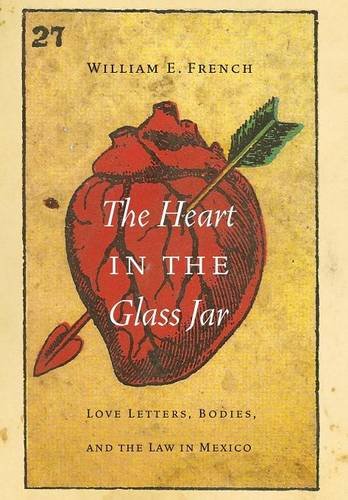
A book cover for The Heart in the Glass Jar: Love Letters, Bodies, and the Law in Mexico (The Mexican Experience); William E. French; Romance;